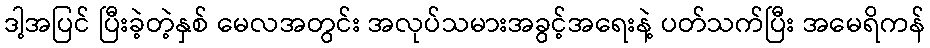
ဒါ့အပြင် ပြီးခဲ့တဲ့နှစ် မေလအတွင်း အလုပ်သမားအခွင့်အရေးနဲ့ ပတ်သက်ပြီး အမေရိကန်